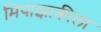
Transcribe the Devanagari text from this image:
मियाझाकीला